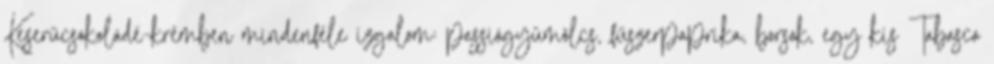
Keserűcsokoládé-krémben mindenféle izgalom: passiógyümölcs, fűszerpaprika, borsok, egy kis Tabasco